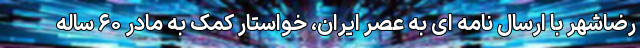
رضاشهر با ارسال نامه ای به عصر ایران، خواستار کمک به مادر ۶۰ ساله